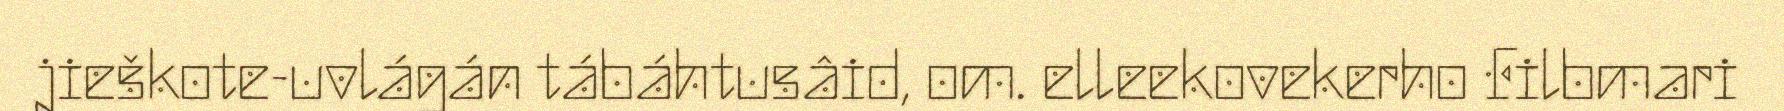
jieškote-uvlágán tábáhtusâid, om. elleekovekerho Filbmari